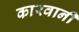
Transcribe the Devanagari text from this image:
कारवानी